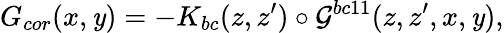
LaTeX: G_{cor}(x,\mathit{y})=-K_{bc}(z,z^{\prime})\circ{\cal{G}}^{bc11}(z,z^{\prime},x,\mathit{y}),